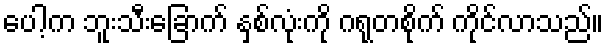
ပေါ့က ဘူးသီးခြောက် နှစ်လုံးကို ဂရုတစိုက် ကိုင်လာသည်။